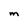
Character: m